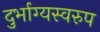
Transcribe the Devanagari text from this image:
दुर्भाग्यस्वरुप